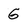
Character: G